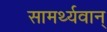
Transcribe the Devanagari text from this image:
सामर्थ्यवान्